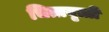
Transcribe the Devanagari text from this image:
चित्तवृत्ती